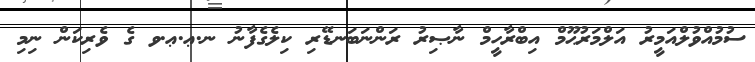
ސުމުއްވުލްއަމީރު އަލްމަރުޙޫމް އިބްރާހީމް ނާޞިރު ރަންނަބަނޑޭރި ކިލެގެފާނު ނ.ޢ.ޢ.ވ ގެ ވެރިކަން ނިމި